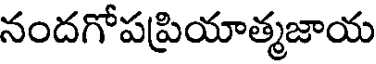
నందగోపప్రియాత్మజాయ